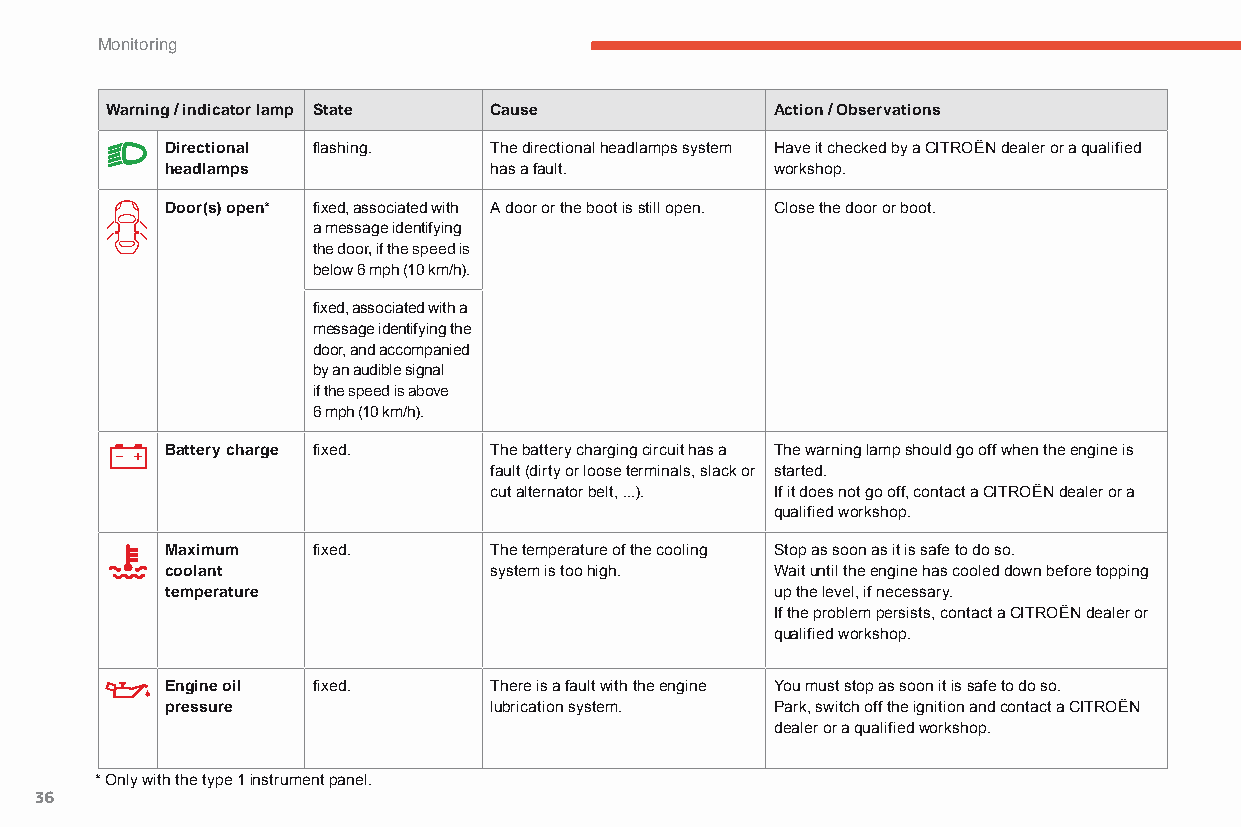
Monitoring
 Warning / indicator lamp State Cause        Action / Observations
 Directional flashing. The directional headlamps system Have it checked by a CITROËN dealer or a qualified
 headlamps            has a fault.       workshop.
 Door(s) open* fixed, associated with A door or the boot is still open. Close the door or boot.
 a message identifying
 the door, if the speed is
 below 6 mph (10 km/h).
 fixed, associated with a
 message identifying the
 door, and accompanied
 by an audible signal
 if the speed is above
 6 mph (10 km/h).
 Battery charge fixed. The battery charging circuit has a The warning lamp should go off when the engine is
 fault (dirty or loose terminals, slack or started.
 cut alternator belt, ...). If it does not go off, contact a CITROËN dealer or a
 qualified workshop.
 Maximum   fixed.     The temperature of the cooling Stop as soon as it is safe to do so.
 coolant              system is too high. Wait until the engine has cooled down before topping
 temperature                             up the level, if necessary.
 If the problem persists, contact a CITROËN dealer or
 qualified workshop.
 Engine oil fixed.    There is a fault with the engine You must stop as soon it is safe to do so.
 pressure             lubrication system. Park, switch off the ignition and contact a CITROËN
 dealer or a qualified workshop.
 * Only with the type 1 instrument panel.
 36